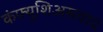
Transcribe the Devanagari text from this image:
कंफ्युशिअसवाद